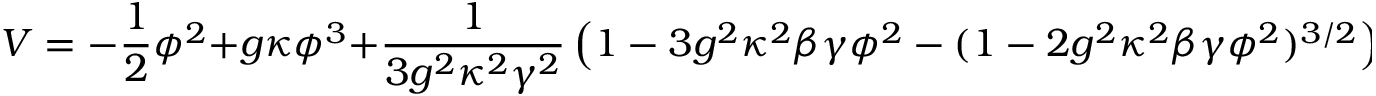
V = - \frac { 1 } { 2 } \phi ^ { 2 } + g \kappa \phi ^ { 3 } + \frac { 1 } { 3 g ^ { 2 } \kappa ^ { 2 } \gamma ^ { 2 } } \left( 1 - 3 g ^ { 2 } \kappa ^ { 2 } \beta \gamma \phi ^ { 2 } - ( 1 - 2 g ^ { 2 } \kappa ^ { 2 } \beta \gamma \phi ^ { 2 } ) ^ { 3 / 2 } \right)